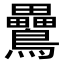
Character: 䴎